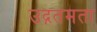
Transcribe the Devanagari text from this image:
उद्गतमता